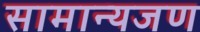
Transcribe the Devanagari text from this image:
सामान्यजण